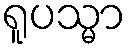
ရူပသ္မာ